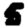
Digit: 5